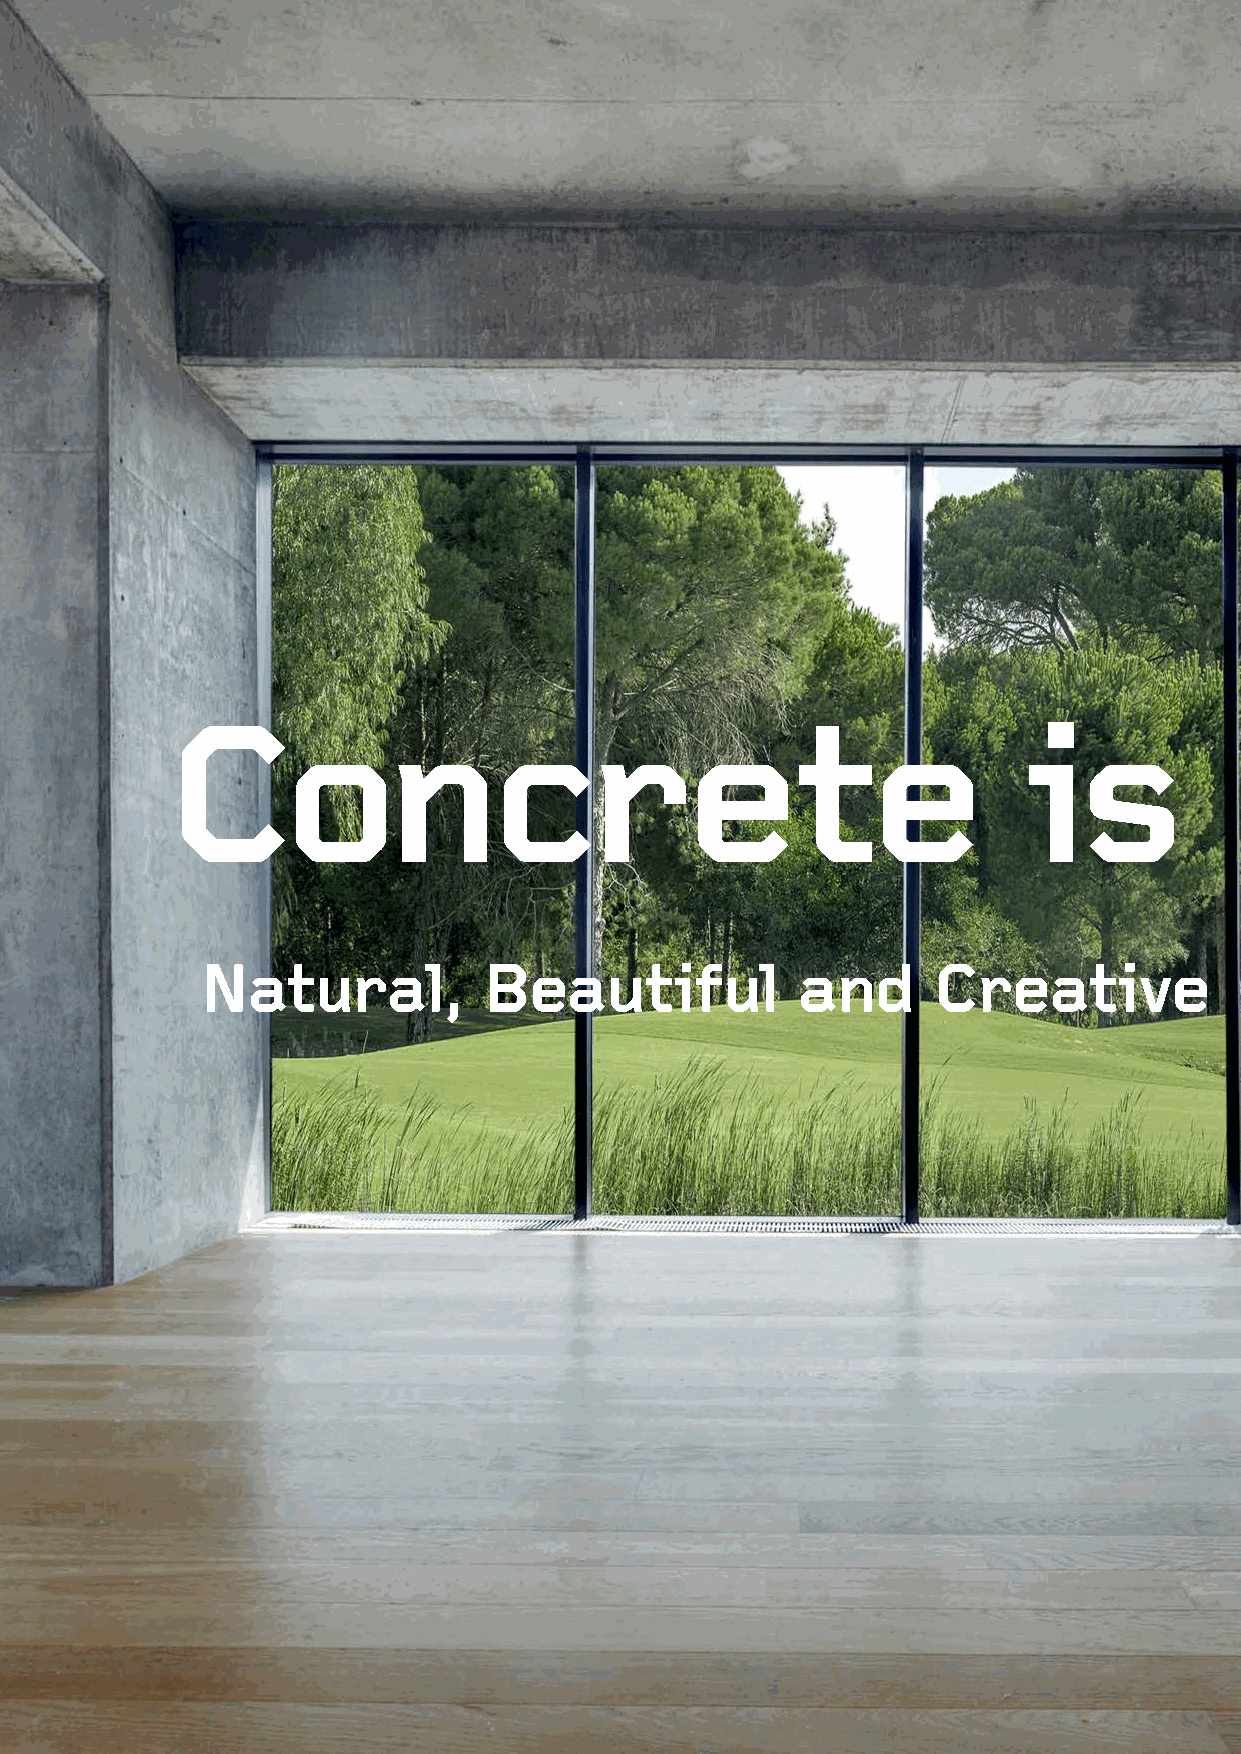
Concrete                                                 is            Sustainable
 Natural,           Beautiful            and      Creative